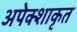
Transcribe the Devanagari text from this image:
अपेक्शाकृत